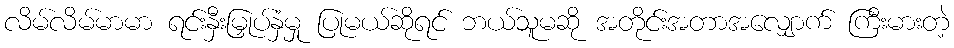
လိမ်လိမ်မာမာ ရင်းနှီးမြှုပ်နှံမှု ပြုမယ်ဆိုရင် ဘယ်သူမဆို အတိုင်းအတာအလျှောက် ကြီးမားတဲ့